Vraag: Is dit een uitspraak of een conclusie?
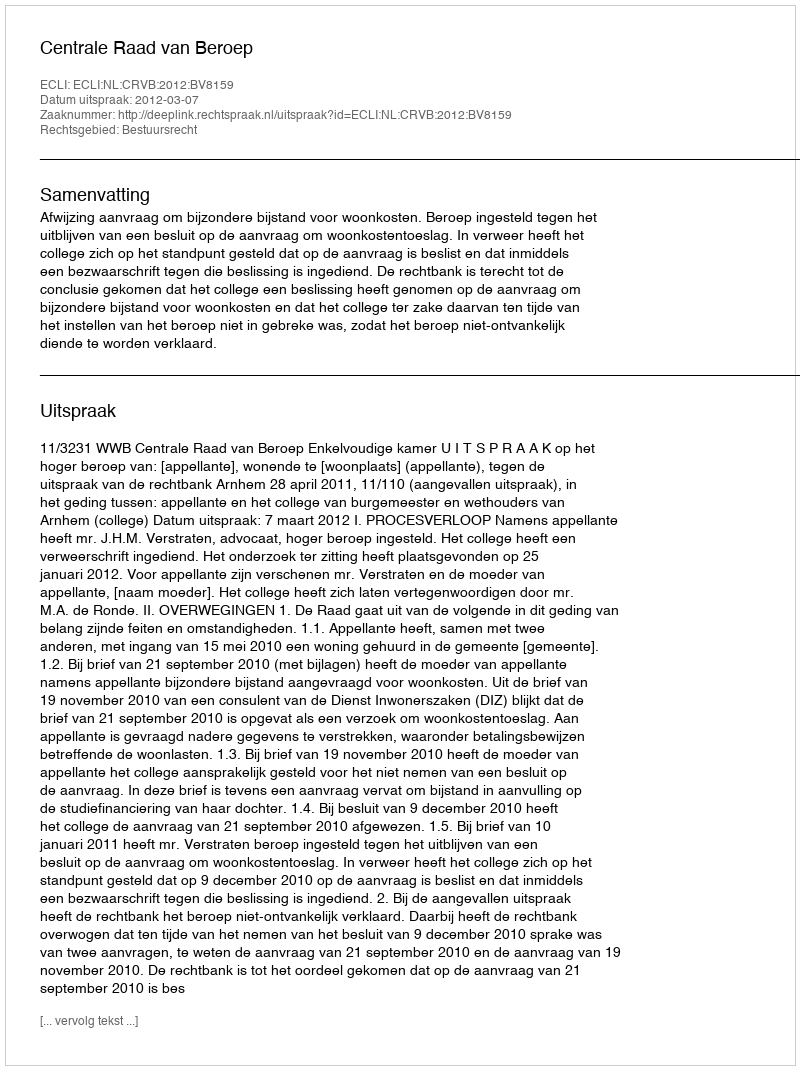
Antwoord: Uitspraak